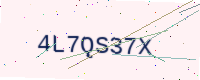
Text: 4L7QS37X